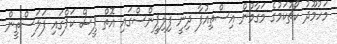
މަހުމޫދު ކޯޗުކަމުގެ މަގާމުން އިސްތިއުފާ ދިނީ ފިލިޕީންސްގައި އޮތް ޕީސް ކަޕްގައި ފަލަސްތީން